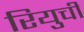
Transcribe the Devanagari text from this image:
रियुची